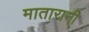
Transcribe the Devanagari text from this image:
मातारानी